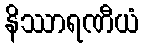
နိဿာရဏီယံ